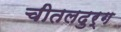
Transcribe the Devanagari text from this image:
चीतलदुर्ग